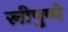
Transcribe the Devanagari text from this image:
स्रीपुष्पे